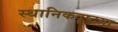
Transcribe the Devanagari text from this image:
स्थानिकदृष्टय़ा